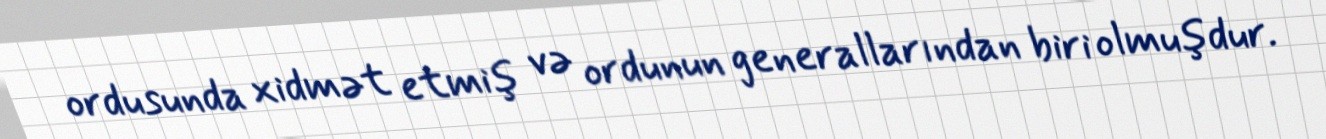
ordusunda xidmət etmiş və ordunun generallarından biri olmuşdur.